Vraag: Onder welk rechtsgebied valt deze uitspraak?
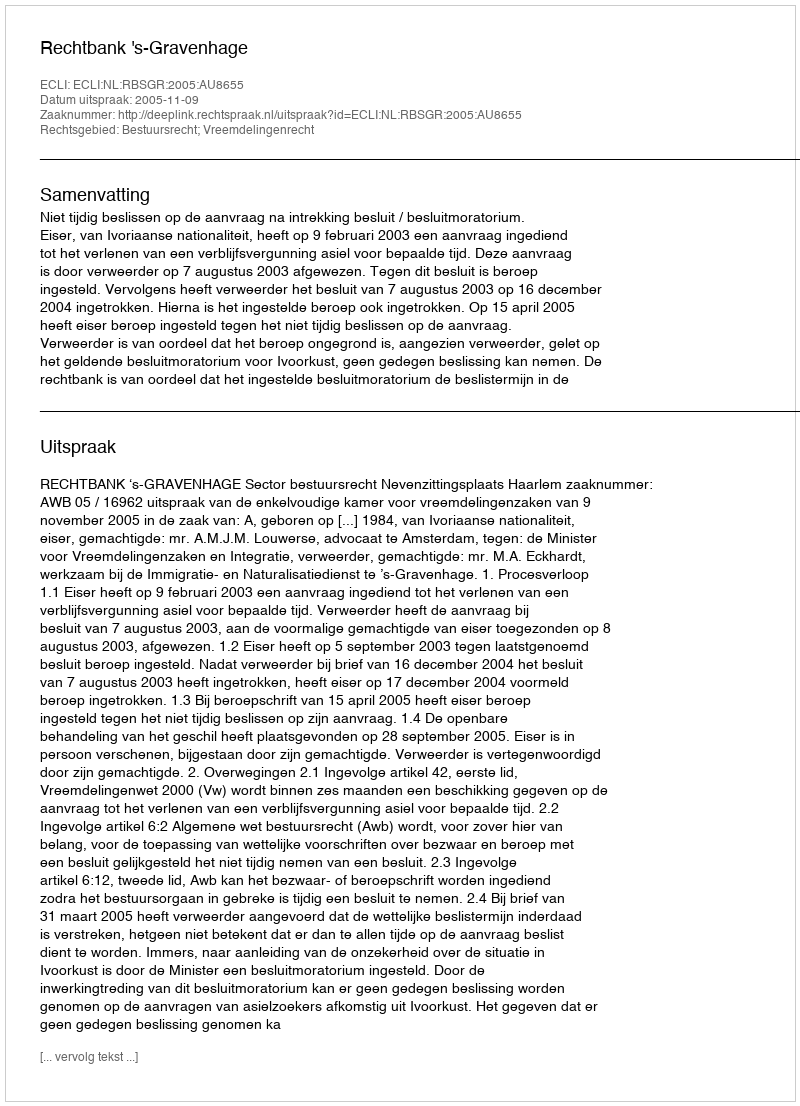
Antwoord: Bestuursrecht; Vreemdelingenrecht